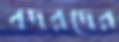
বদরদের